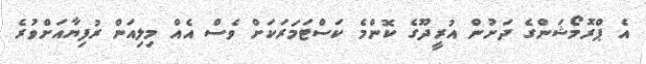
އެ ޕްރޮމޯޝަންގެ ދަށުން އުރީދޫގެ ކޮންމެ ކަސްޓަމަރަކަށް ވެސް އެއް މިލިއަން ރުފިޔާއަށްވުރެ